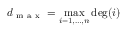
d _ { \mathrm { ~ m ~ a ~ x ~ } } = \operatorname* { m a x } _ { i = 1 , \dots , n } \deg ( i )